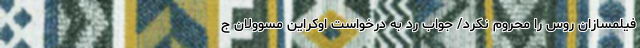
فیلمسازان روس را محروم نکرد/ جواب رد به درخواست اوکراین مسوولان ج